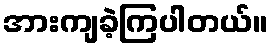
အားကျခဲ့ကြပါတယ်။